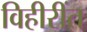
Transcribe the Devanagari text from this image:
विहीरींत